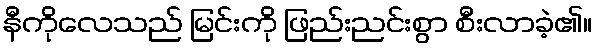
နီကိုလေသည် မြင်းကို ဖြည်းညင်းစွာ စီးလာခဲ့၏။